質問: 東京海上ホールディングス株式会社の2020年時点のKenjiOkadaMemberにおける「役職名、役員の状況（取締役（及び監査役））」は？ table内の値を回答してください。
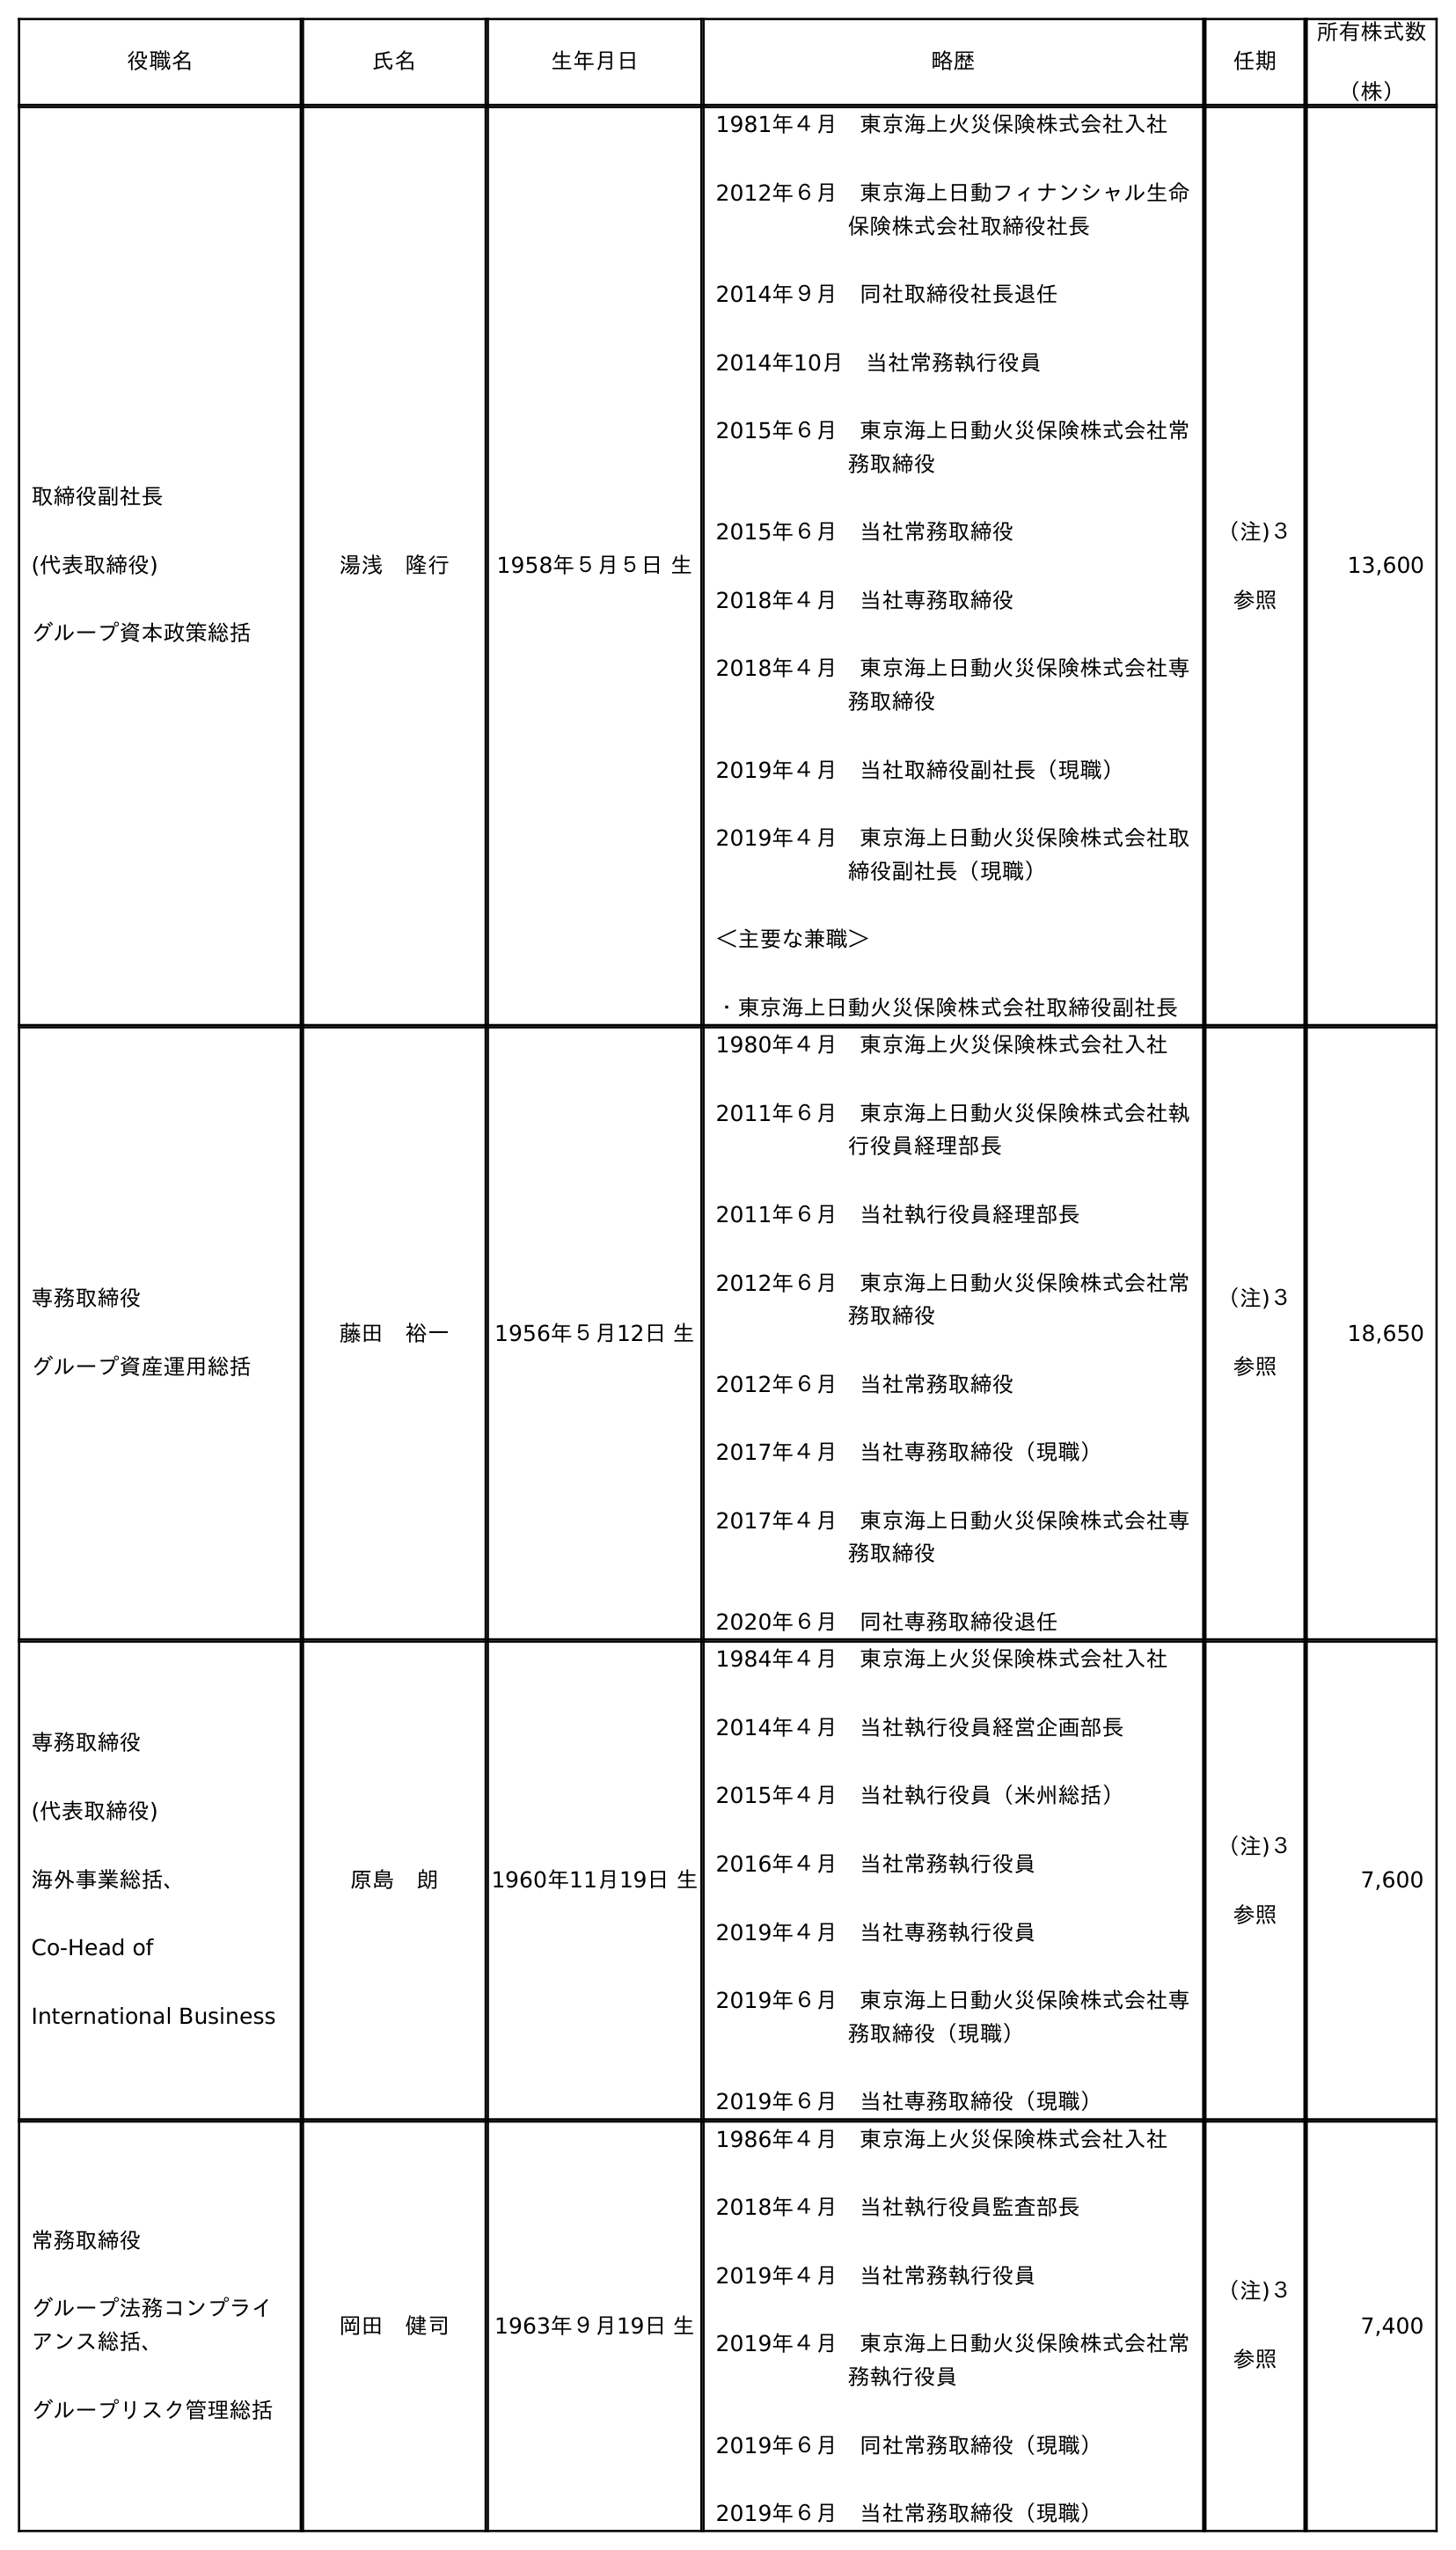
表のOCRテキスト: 役職名 氏名 生年月日 略歴 任期 所有株式数 （株） 取締役副社長 (代表取締役) グループ資本政策総括 湯浅 隆行 1958年５月５日 生 1981年４月 東京海上火災保険株式会社入社 2012年６月 東京海上日動フィナンシャル生命 保険株式会社取締役社長 2014年９月 同社取締役社長退任 2014年10月 当社常務執行役員 2015年６月 東京海上日動火災保険株式会社常 務取締役 2015年６月 当社常務取締役 2018年４月 当社専務取締役 2018年４月 東京海上日動火災保険株式会社専 務取締役 2019年４月 当社取締役副社長（現職） 2019年４月 東京海上日動火災保険株式会社取 締役副社長（現職） ＜主要な兼職＞ ・東京海上日動火災保険株式会社取締役副社長 （注)３ 参照 13,600 専務取締役 グループ資産運用総括 藤田 裕一 1956年５月12日 生 1980年４月 東京海上火災保険株式会社入社 2011年６月 東京海上日動火災保険株式会社執 行役員経理部長 2011年６月 当社執行役員経理部長 2012年６月 東京海上日動火災保険株式会社常 務取締役 2012年６月 当社常務取締役 2017年４月 当社専務取締役（現職） 2017年４月 東京海上日動火災保険株式会社専 務取締役 2020年６月 同社専務取締役退任 （注)３ 参照 18,650 専務取締役 (代表取締役) 海外事業総括、 Co-Head of International Business 原島 朗 1960年11月19日 生 1984年４月 東京海上火災保険株式会社入社 2014年４月 当社執行役員経営企画部長 2015年４月 当社執行役員（米州総括） 2016年４月 当社常務執行役員 2019年４月 当社専務執行役員 2019年６月 東京海上日動火災保険株式会社専 務取締役（現職） 2019年６月 当社専務取締役（現職） （注)３ 参照 7,600 常務取締役 グループ法務コンプライ アンス総括、 グループリスク管理総括 岡田 健司 1963年９月19日 生 1986年４月 東京海上火災保険株式会社入社 2018年４月 当社執行役員監査部長 2019年４月 当社常務執行役員 2019年４月 東京海上日動火災保険株式会社常 務執行役員 2019年６月 同社常務取締役（現職） 2019年６月 当社常務取締役（現職） （注)３ 参照 7,400
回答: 常務取締役グループ法務コンプライアンス総括、グループリスク管理総括